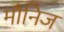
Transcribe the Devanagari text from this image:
मौनिज